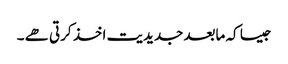
جیسا کہ مابعد جدیدیت اخذ کرتی ھے ۔